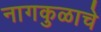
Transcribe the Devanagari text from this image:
नागकुळाचे